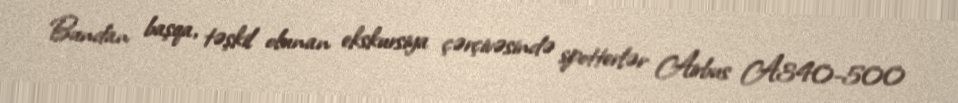
Bundan başqa, təşkil olunan ekskursiya çərçivəsində spotterlər Airbus A340-500